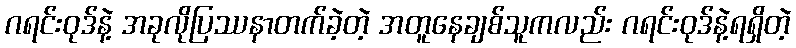
ဂရင်းဝုဒ်နဲ့ အခုလိုပြဿနာတက်ခဲ့တဲ့ အတူနေချစ်သူကလည်း ဂရင်းဝုဒ်နဲ့ရရှိတဲ့